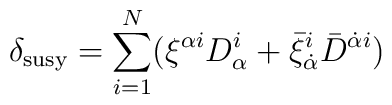
\delta_{\mathrm{susy}}=\sum_{i=1}^N (\xi^{\alpha i}D_\alpha^i+\bar \xi_{\dot\alpha}^i\bar D^{{\dot\alpha} i})